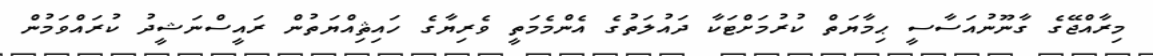
މިރާއްޖޭގެ ގާނޫނުއަސާސީ ޙިމާޔަތް ކުރުމަށްޓަކާ ދައުލަތުގެ އެންމެމަތީ ވެރިޔާގެ ހައިޘިއްޔަތުން ރައީސްނަޝީދު ކުރައްވަމުން